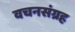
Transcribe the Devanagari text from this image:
वचनसंग्रह